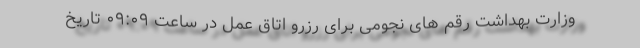
وزارت بهداشت رقم های نجومی برای رزرو اتاق عمل در ساعت ۰۹:۰۹ تاریخ